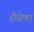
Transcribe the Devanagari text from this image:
हौसेचा